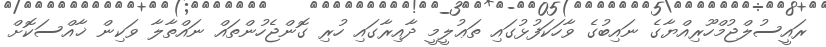
ރައީސުލްޖުމްހޫރިއްޔާގެ ނައިބުގެ ވާހަކަފުޅުގައި ތަޢުލީމީ ދާއިރާގައި ހުރި ގޮންޖެހުންތައް ނައްތާލާ ވަކިން ޚާއްސަކޮށް